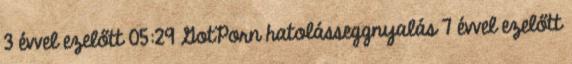
3 évvel ezelőtt 05:29 GotPorn hatolásseggnyalás 7 évvel ezelőtt